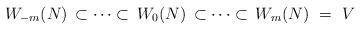
LaTeX: \begin{align*} W_{-m}(N) \,\subset\cdots\subset\,W_0(N)\,\subset\cdots\subset\,W_m(N) \ = \ V\end{align*}